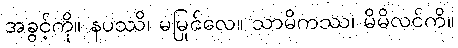
အခွင့်ကို။ နပဿိ၊ မမြင်လေ။ သာမိကဿ၊ မိမိလင်ကို။